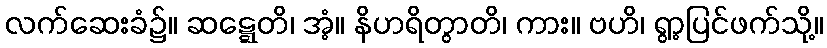
လက်ဆေးခံ၌။ ဆဋ္ဋေတိ၊ အံ့။ နိဟရိတွာတိ၊ ကား။ ဗဟိ၊ ရွာ့ပြင်ဖက်သို့။